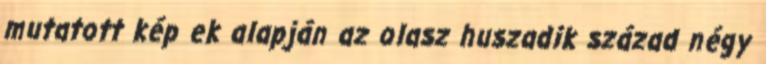
mutatott kép ek alapján az olasz huszadik század négy